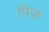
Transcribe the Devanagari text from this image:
पिफ